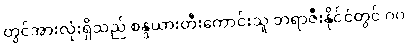
တွင်အားလုံးရှိသည် စန္ဒယားတီးကောင်းသူ ဘရာဇီးနိုင်ငံတွင် ဂဂ